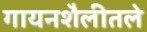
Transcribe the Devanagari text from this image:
गायनशैलीतले